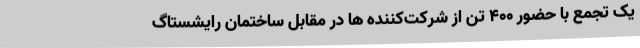
یک تجمع با حضور 400 تن از شرکت‌کننده ها در مقابل ساختمان رایشستاگ